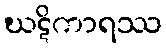
ဃဋိကာရဿ